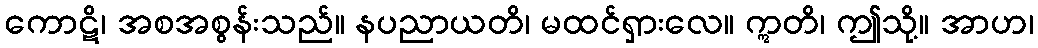
ကောဋိ၊ အစအစွန်းသည်။ နပညာယတိ၊ မထင်ရှားလေ။ ဣတိ၊ ဤသို့။ အာဟ၊